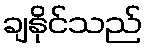
ချနိုင်သည်